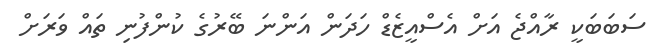
ސަބަބަކީ ރާއްޖެ އަށް އެސްއީޒެޑް ހަދަން އަންނަ ބޭރުގެ ކުންފުނި ތައް ވަރަށް